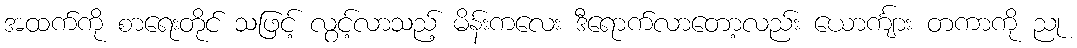
အထက်ကို စာရေးတိုင် သဖြင့် လွင့်လာသည့် မိန်းကလေး ဒီရောက်လာတော့လည်း ယောင်္ကျား တကာကို ညု